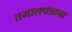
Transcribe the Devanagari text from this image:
तमालपत्राचा